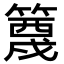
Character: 𬕭